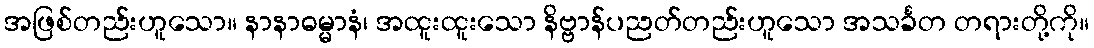
အဖြစ်တည်းဟူသော။ နာနာဓမ္မာနံ၊ အထူးထူးသော နိဗ္ဗာန်ပညတ်တည်းဟူသော အသင်္ခတ တရားတို့ကို။